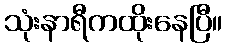
သုံးနာရီကထိုးနေပြီ။